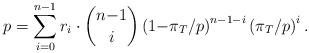
LaTeX: \begin{align*}p=\sum_{i=0}^{n-1} r_i \cdot \binom{n{-}1}{i}\left(1{-}\pi_T/p\right)^{n{-}1{-}i}\left(\pi_T/p\right)^{i}.\end{align*}